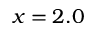
x = 2 . 0